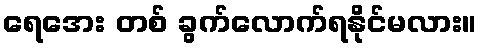
ရေအေး တစ် ခွက်လောက်ရနိုင်မလား။